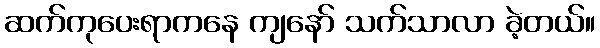
ဆက်ကုပေးရာကနေ ကျနော် သက်သာလာ ခဲ့တယ်။